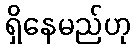
ရှိနေမည်ဟု